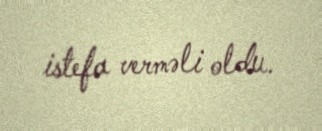
istefa verməli oldu.